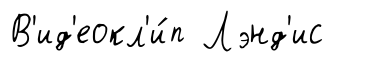
В'ид'еокл'и́п Лэнд'ис